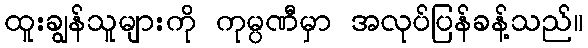
ထူးချွန်သူများကို ကုမ္ပဏီမှာ အလုပ်ပြန်ခန့်သည်။